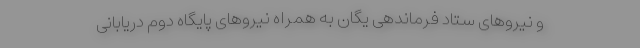
و نیروهای ستاد فرماندهی یگان به همراه نیروهای پایگاه دوم دریابانی